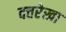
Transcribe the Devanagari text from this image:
दत्तरेखा